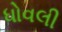
ધોવલી